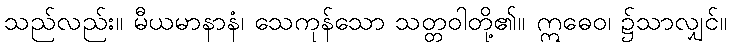
သည်လည်း။ မီယမာနာနံ၊ သေကုန်သော သတ္တဝါတို့၏။ ဣဓေဝ၊ ၌သာလျှင်။